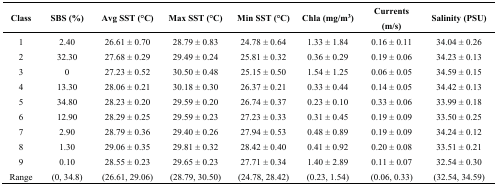
<table><thead><tr><td><b>Class</b></td><td><b>SBS (%)</b></td><td><b>Avg SST (°C)</b></td><td><b>Max SST (°C)</b></td><td><b>Min SST (°C)</b></td><td><b>Chla (mg/m<sup>3</sup>)</b></td><td><b>Currents (m/s)</b></td><td><b>Salinity (PSU)</b></td></tr></thead><tbody><tr><td>1</td><td>2.40</td><td>26.61 ± 0.70</td><td>28.79 ± 0.83</td><td>24.78 ± 0.64</td><td>1.33 ± 1.84</td><td>0.16 ± 0.11</td><td>34.04 ± 0.26</td></tr><tr><td>2</td><td>32.30</td><td>27.68 ± 0.29</td><td>29.49 ± 0.24</td><td>25.81 ± 0.32</td><td>0.36 ± 0.29</td><td>0.19 ± 0.06</td><td>34.23 ± 0.13</td></tr><tr><td>3</td><td>0</td><td>27.23 ± 0.52</td><td>30.50 ± 0.48</td><td>25.15 ± 0.50</td><td>1.54 ± 1.25</td><td>0.06 ± 0.05</td><td>34.59 ± 0.15</td></tr><tr><td>4</td><td>13.30</td><td>28.06 ± 0.21</td><td>30.18 ± 0.30</td><td>26.37 ± 0.21</td><td>0.33 ± 0.44</td><td>0.14 ± 0.05</td><td>34.42 ± 0.13</td></tr><tr><td>5</td><td>34.80</td><td>28.23 ± 0.20</td><td>29.59 ± 0.20</td><td>26.74 ± 0.37</td><td>0.23 ± 0.10</td><td>0.33 ± 0.06</td><td>33.99 ± 0.18</td></tr><tr><td>6</td><td>12.90</td><td>28.29 ± 0.25</td><td>29.59 ± 0.23</td><td>27.23 ± 0.33</td><td>0.31 ± 0.45</td><td>0.19 ± 0.09</td><td>33.50 ± 0.25</td></tr><tr><td>7</td><td>2.90</td><td>28.79 ± 0.36</td><td>29.40 ± 0.26</td><td>27.94 ± 0.53</td><td>0.48 ± 0.89</td><td>0.19 ± 0.09</td><td>34.24 ± 0.12</td></tr><tr><td>8</td><td>1.30</td><td>29.06 ± 0.35</td><td>29.81 ± 0.32</td><td>28.42 ± 0.40</td><td>0.41 ± 0.92</td><td>0.20 ± 0.08</td><td>33.51 ± 0.21</td></tr><tr><td>9</td><td>0.10</td><td>28.55 ± 0.23</td><td>29.65 ± 0.23</td><td>27.71 ± 0.34</td><td>1.40 ± 2.89</td><td>0.11 ± 0.07</td><td>32.54 ± 0.30</td></tr><tr><td>Range</td><td>(0, 34.8)</td><td>(26.61, 29.06)</td><td>(28.79, 30.50)</td><td>(24.78, 28.42)</td><td>(0.23, 1.54)</td><td>(0.06, 0.33)</td><td>(32.54, 34.59)</td></tr></tbody></table>